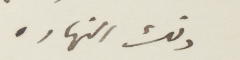
ذلك النهار.